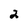
Character: 2